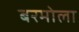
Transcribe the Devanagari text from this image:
बरमोला